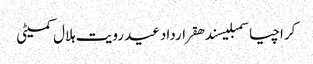
کراچیاسمبلیسندھقراردادعیدرویت ہلال کمیٹی